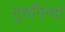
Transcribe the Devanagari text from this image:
गुरुनिन्दां